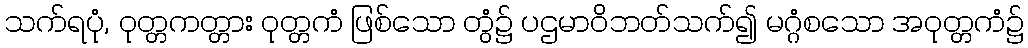
သက်ရပုံ, ဝုတ္တကတ္တား ဝုတ္တကံ ဖြစ်သော တွံ၌ ပဌမာဝိဘတ်သက်၍ မဂ္ဂံစသော အဝုတ္တကံ၌